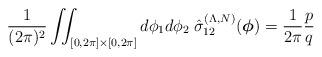
LaTeX: \begin{align*}\frac{1}{(2\pi)^2}\iint_{[0,2\pi]\times[0,2\pi]}d\phi_1d\phi_2\; {\hat\sigma}_{12}^{(\Lambda,N)}(\boldsymbol{\phi})=\frac{1}{2\pi}\frac{p}{q}\end{align*}